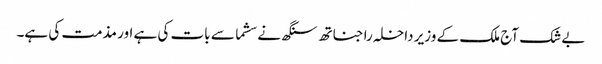
بے شک آج ملک کے وزیر داخلہ راجناتھ سنگھ نے سشما سے بات کی ہے اور مذمت کی ہے۔